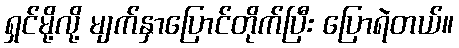
ရှင်မို့လို့ မျက်နှာပြောင်တိုက်ပြီး ပြောရဲတယ်။